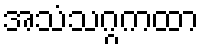
အသံသဂ္ဂကထာ